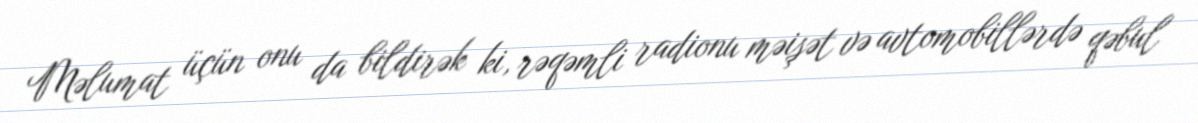
Məlumat üçün onu da bildirək ki, rəqəmli radionu məişət və avtomobillərdə qəbul